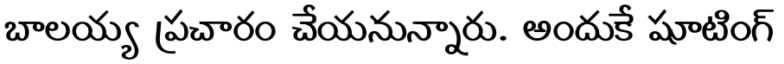
బాలయ్య ప్రచారం చేయనున్నారు. అందుకే షూటింగ్